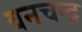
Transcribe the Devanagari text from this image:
वनचन्द्र